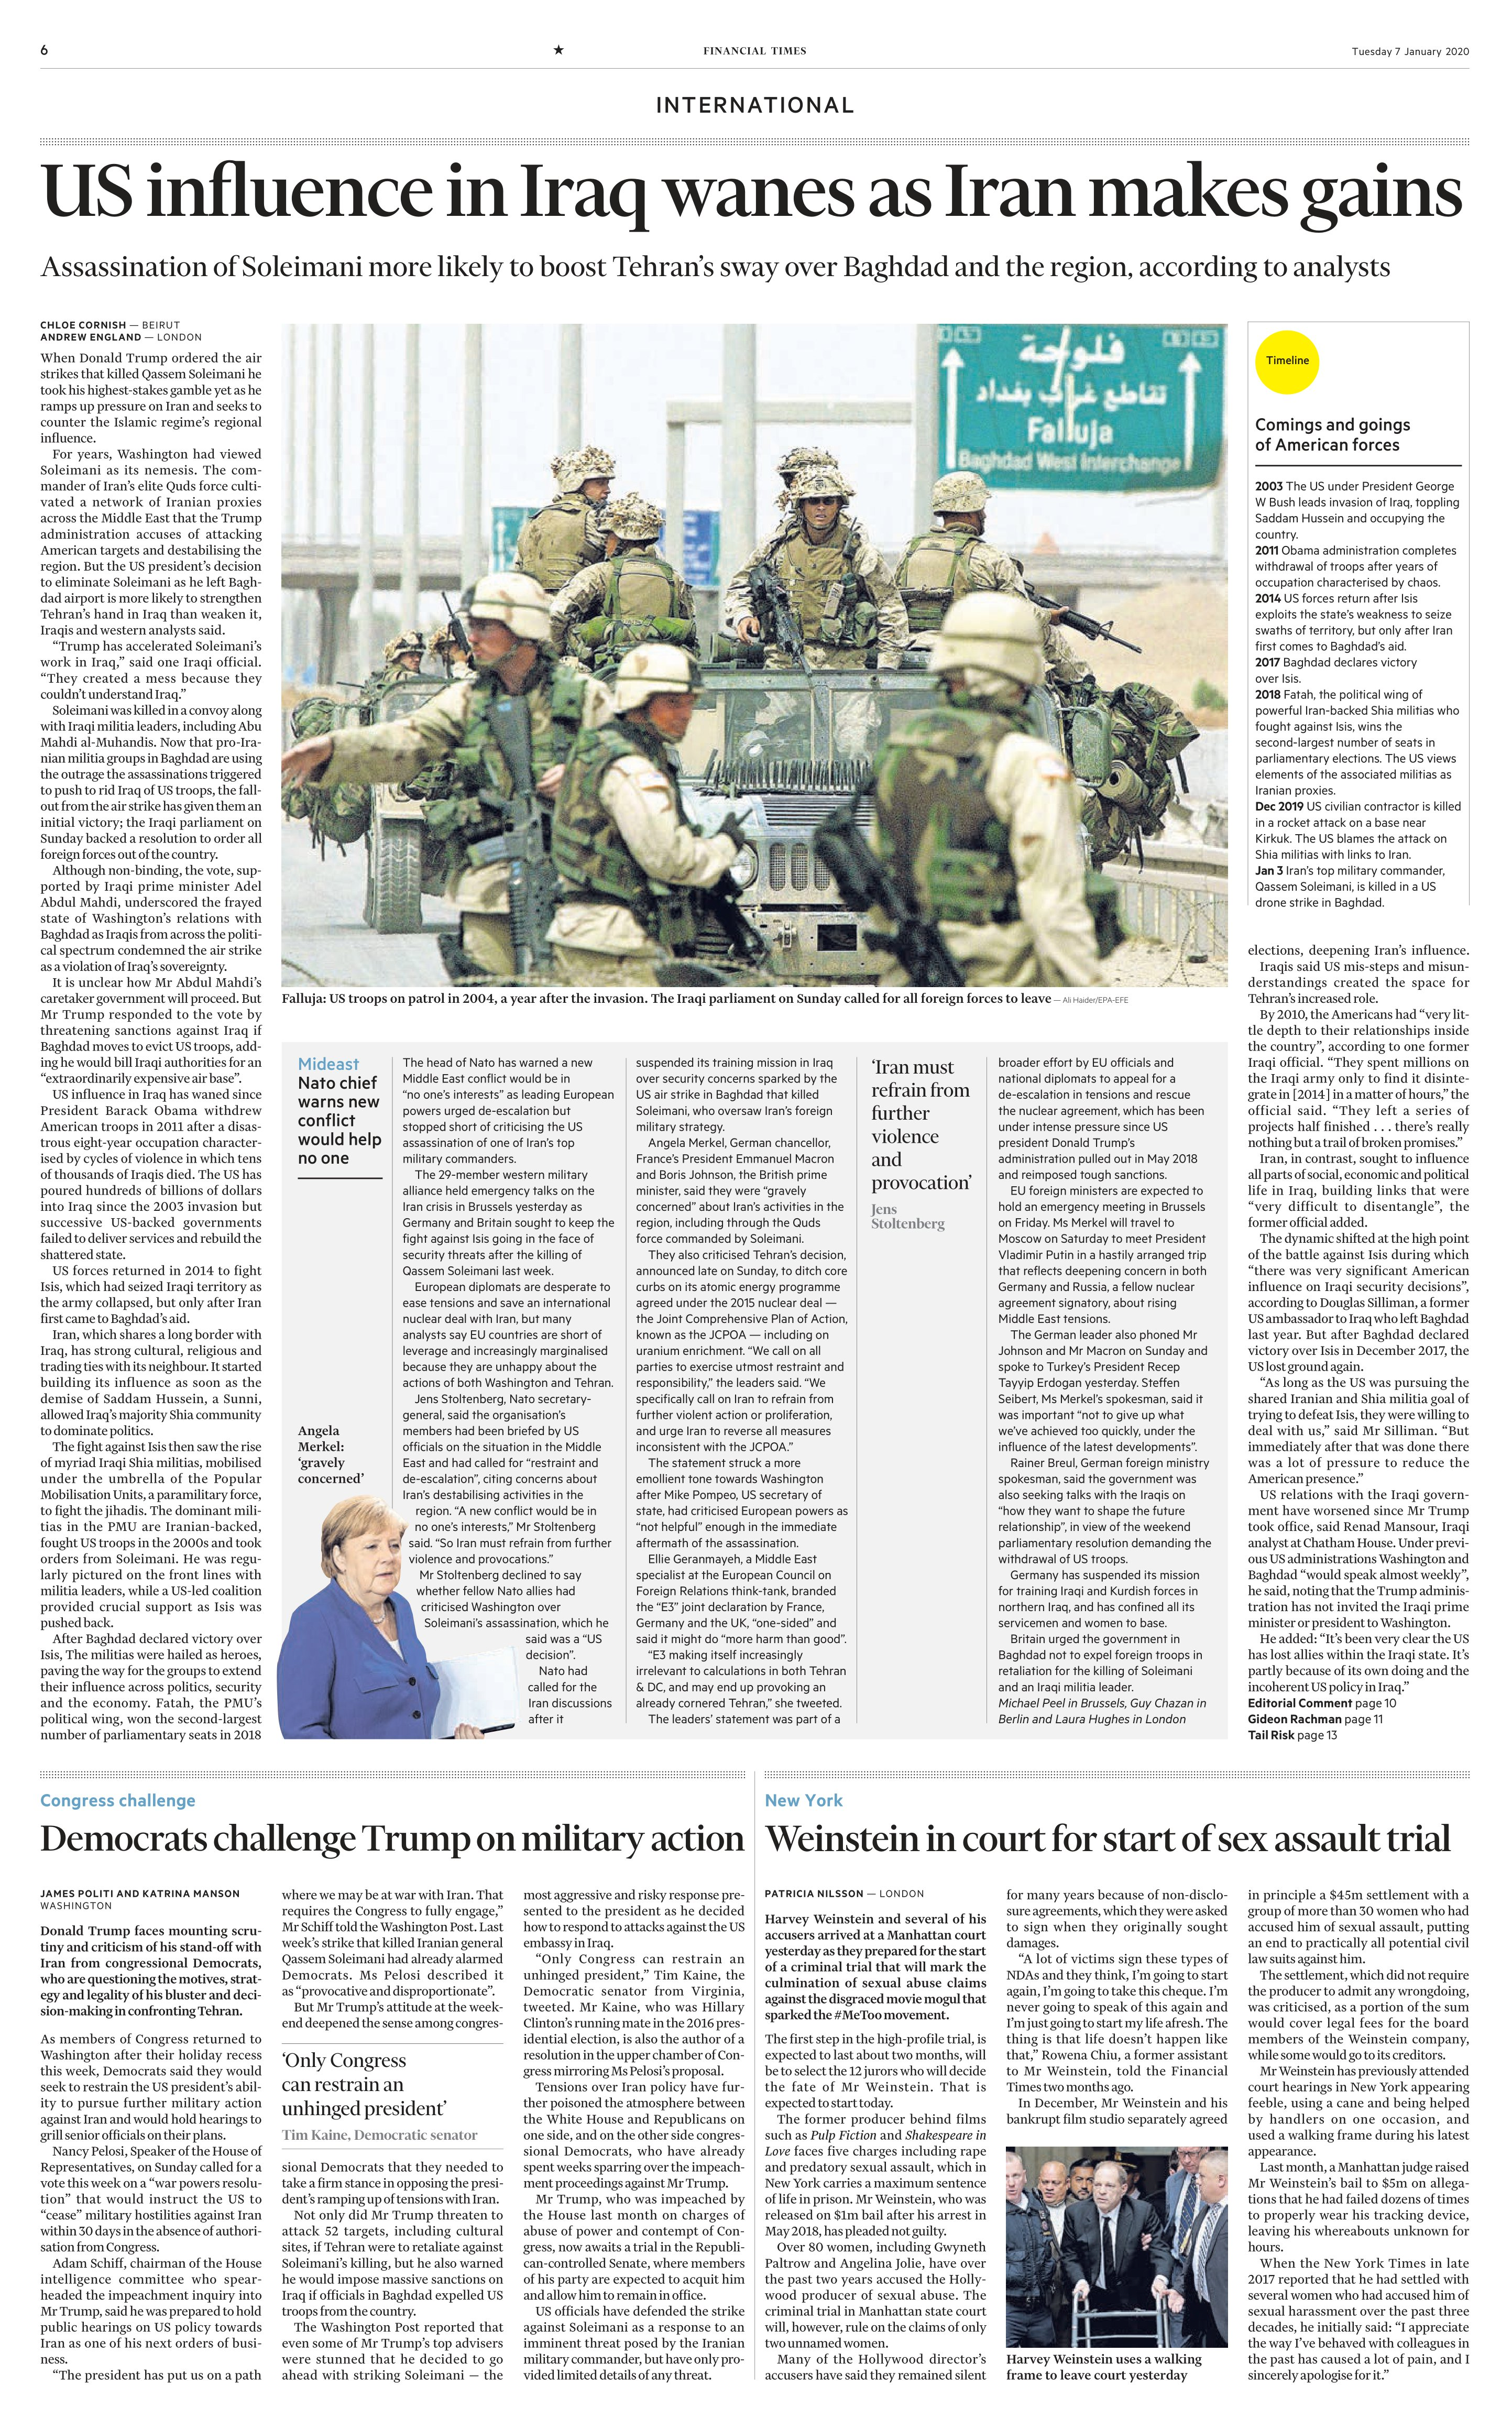
Language: en